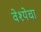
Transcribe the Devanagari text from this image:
वेश्येचा